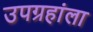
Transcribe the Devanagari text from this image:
उपग्रहांला